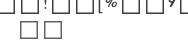
٨١